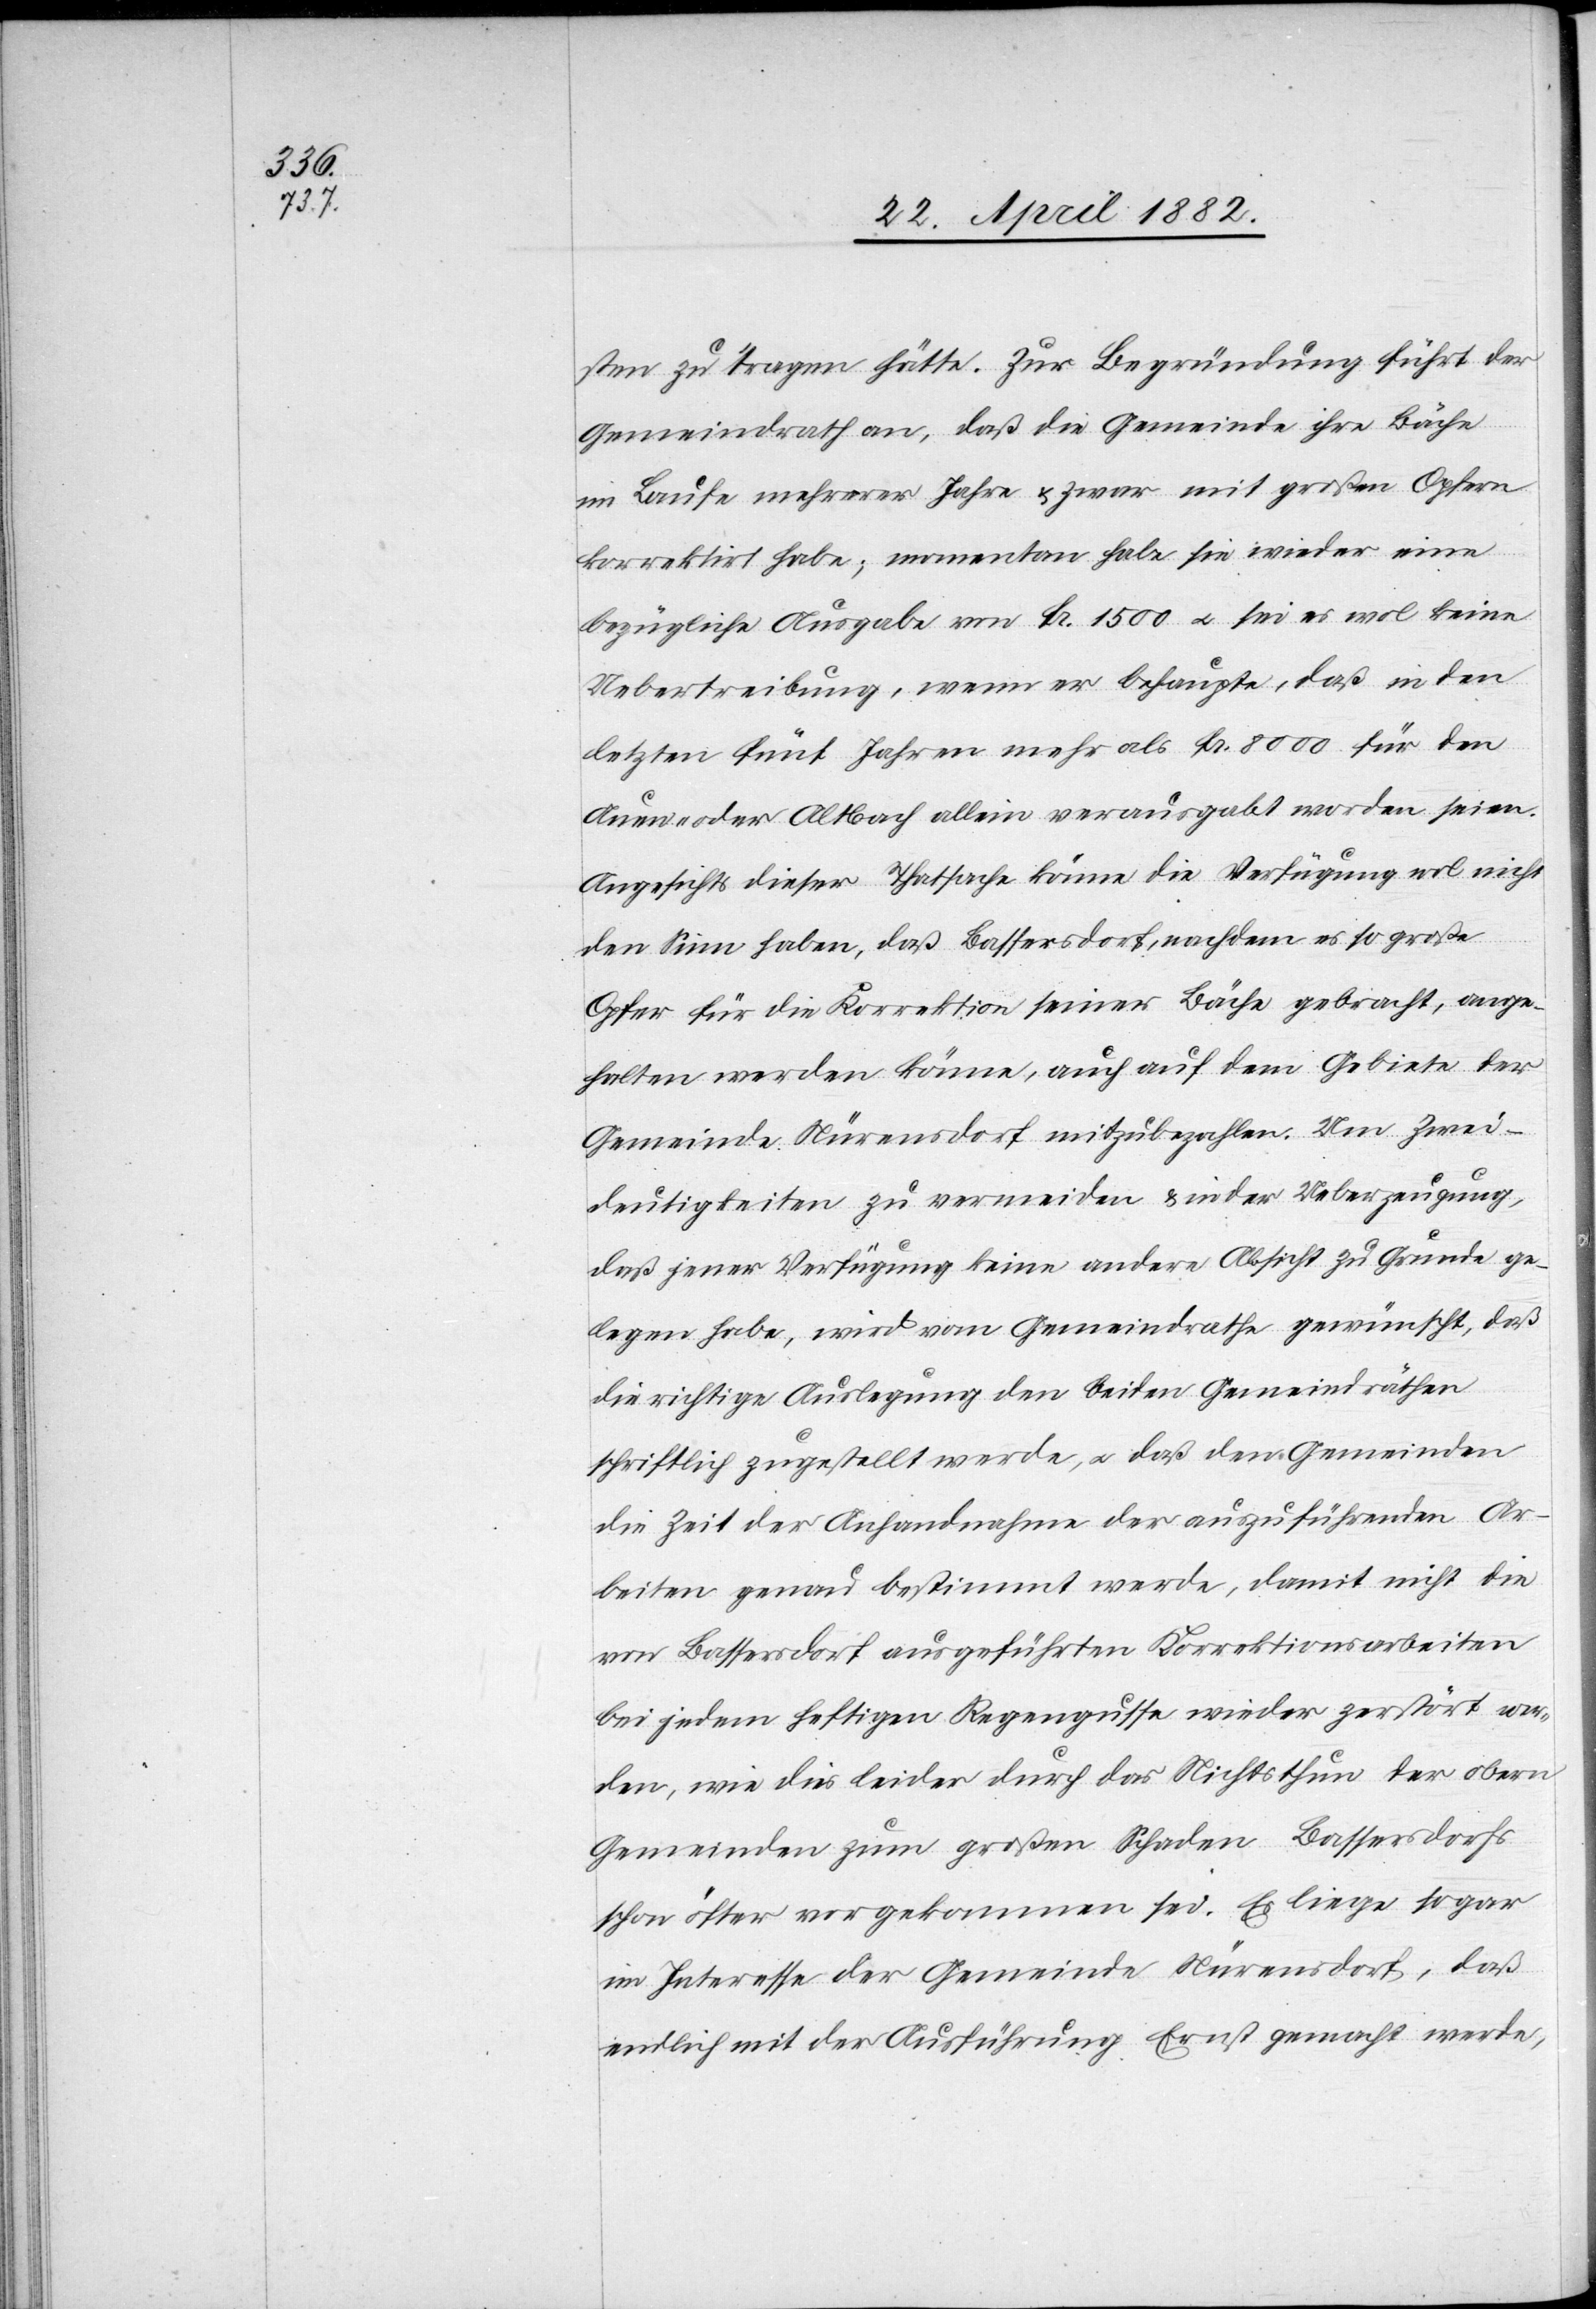
sten zu tragen hätte. Zur Begründung führt der
Gemeindrath an, daß die Gemeinde ihre Bäche
im Laufe mehrerer Jahre & zwar mit großen Opfern
korrektirt habe; momentan habe sie wieder eine
bezügliche Ausgabe vom Fr. 1500 u. sei es wol keine
Uebertreibung, wenn er behaupte, daß in den
letzten fünf Jahren mehr als Fr. 8000 für den
Auen- oder Altbach allein verausgabt worden seien.
Angesichts dieser Thatsache könne die Verfügung wol nicht
den Sinn haben, daß Bassersdorf, nachdem es so große
Opfer für die Korrektion seiner Bäche gebracht, ange¬
halten werden könne, auch auf dem Gebiete der
Gemeinde Nürensdorf mitzubezahlen. Um Zwei¬
deutigkeiten zu vermeiden & in der Ueberzeugung,
daß jener Verfügung keine andere Absicht zu Grunde ge¬
legen habe, wird vom Gemeindrathe gewünscht, daß
die richtige Auslegung den beiden Gemeindräthen
schriftlich zugestellt werde, u. daß den Gemeinden
die Zeit der Anhandnahme der auszuführenden Ar¬
beiten genau bestimmt werde, damit nicht die
von Bassersdorf ausgeführten Korrektionsarbeiten
bei jedem heftigen Regengusse wieder zerstört wer¬
den, wie dies leider durch das Nichtsthun der obern
Gemeinden zum großen Schaden Bassersdorfs
schon öfter vorgekommen sei. Es liege sogar
im Interesse der Gemeinde Nürensdorf, daß
endlich mit der Ausführung Ernst gemacht werde,